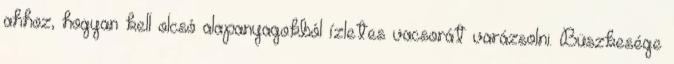
ahhoz, hogyan kell olcsó alapanyagokból ízletes vacsorát varázsolni. Büszkesége